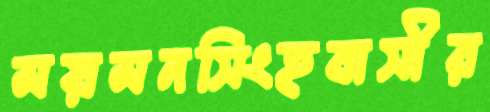
ময়মনসিংহবাসীর